Subject: cs
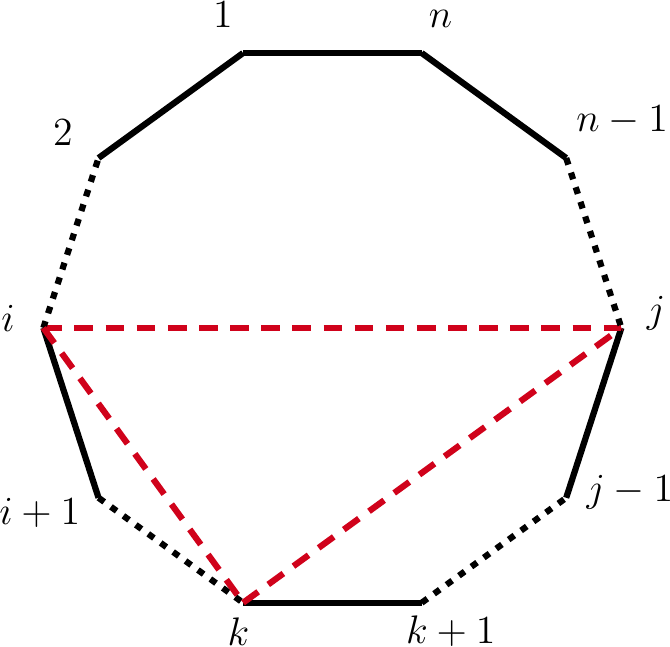
LaTeX code:
\begin{tikzpicture}[x=0.75pt,y=0.75pt,yscale=-1,xscale=1]

\draw [line width=2.25]    (218.72,122.32) -- (149.09,172.9) ;
\draw [line width=2.25]    (218.72,122.32) -- (304.78,122.32) ;
\draw [line width=2.25]    (304.78,122.32) -- (374.41,172.9) ;
\draw [color={rgb, 255:red, 0; green, 0; blue, 0 }  ,draw opacity=1 ][line width=2.25]  [dash pattern={on 2.53pt off 3.02pt}]  (304.78,387.18) -- (374.41,336.6) ;
\draw [line width=2.25]    (122.5,254.75) -- (149.09,336.6) ;
\draw [color={rgb, 255:red, 0; green, 0; blue, 0 }  ,draw opacity=1 ][line width=2.25]  [dash pattern={on 2.53pt off 3.02pt}]  (149.09,336.6) -- (218.72,387.18) ;
\draw [line width=2.25]    (374.41,336.6) -- (401,254.75) ;
\draw [color={rgb, 255:red, 208; green, 2; blue, 27 }  ,draw opacity=1 ][line width=2.25]  [dash pattern={on 6.75pt off 4.5pt}]  (122.5,254.75) -- (401,254.75) ;
\draw [color={rgb, 255:red, 0; green, 0; blue, 0 }  ,draw opacity=1 ][line width=2.25]    (218.72,387.18) -- (304.78,387.18) ;
\draw [color={rgb, 255:red, 0; green, 0; blue, 0 }  ,draw opacity=1 ][line width=2.25]  [dash pattern={on 2.53pt off 3.02pt}]  (122.5,254.75) -- (149.09,172.9) ;
\draw [color={rgb, 255:red, 0; green, 0; blue, 0 }  ,draw opacity=1 ][line width=2.25]  [dash pattern={on 2.53pt off 3.02pt}]  (374.41,172.9) -- (401,254.75) ;
\draw [color={rgb, 255:red, 208; green, 2; blue, 27 }  ,draw opacity=1 ][line width=2.25]  [dash pattern={on 6.75pt off 4.5pt}]  (122.5,254.75) -- (218.72,387.18) ;
\draw [color={rgb, 255:red, 208; green, 2; blue, 27 }  ,draw opacity=1 ][line width=2.25]  [dash pattern={on 6.75pt off 4.5pt}]  (218.72,387.18) -- (401,254.75) ;

\draw (203,96.4) node [anchor=north west][inner sep=0.75pt]  [font=\Large]  {$1$};
\draw (126,153.4) node [anchor=north west][inner sep=0.75pt]  [font=\Large]  {$2$};
\draw (307,100.4) node [anchor=north west][inner sep=0.75pt]  [font=\Large]  {$n$};
\draw (101,242.4) node [anchor=north west][inner sep=0.75pt]  [font=\Large]  {$i$};
\draw (412,238.4) node [anchor=north west][inner sep=0.75pt]  [font=\Large]  {$j$};
\draw (378,146.4) node [anchor=north west][inner sep=0.75pt]  [font=\Large]  {$n-1$};
\draw (210,393.4) node [anchor=north west][inner sep=0.75pt]  [font=\Large]  {$k$};
\draw (100,335.4) node [anchor=north west][inner sep=0.75pt]  [font=\Large]  {$i+1$};
\draw (296,392.4) node [anchor=north west][inner sep=0.75pt]  [font=\Large]  {$k+1$};
\draw (383,324.4) node [anchor=north west][inner sep=0.75pt]  [font=\Large]  {$j-1$};

\end{tikzpicture}